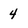
Character: 4